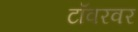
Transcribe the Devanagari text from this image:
टॉवरवर